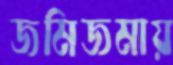
জমিজমায়